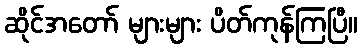
ဆိုင်အတော် များများ ပိတ်ကုန်ကြပြီ။